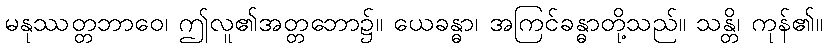
မနုဿတ္တဘာဝေ၊ ဤလူ၏အတ္တဘော၌။ ယေခန္ဓာ၊ အကြင်ခန္ဓာတို့သည်။ သန္တိ၊ ကုန်၏။